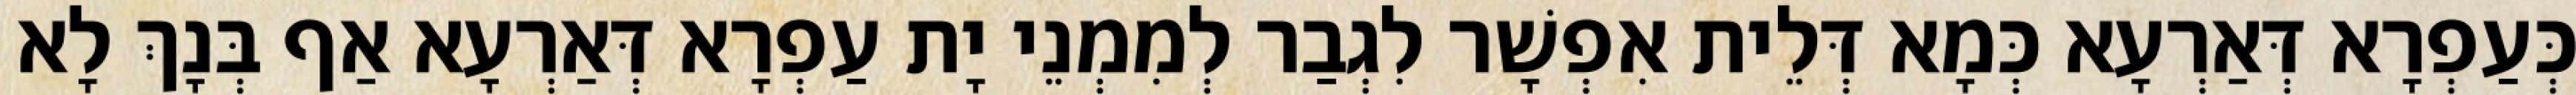
כְּעַפְרָא דְּאַרְעָא כְּמָא דְּלֵית אִפְשָׁר לִגְבַר לְמִמְנֵי יָת עַפְרָא דְּאַרְעָא אַף בְּנָךְ לָא